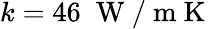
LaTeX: k=46\; \mathrm{~W~/~m~K~}